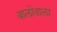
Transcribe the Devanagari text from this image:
बालोवाला